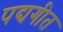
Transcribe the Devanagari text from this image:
पद्यगीत